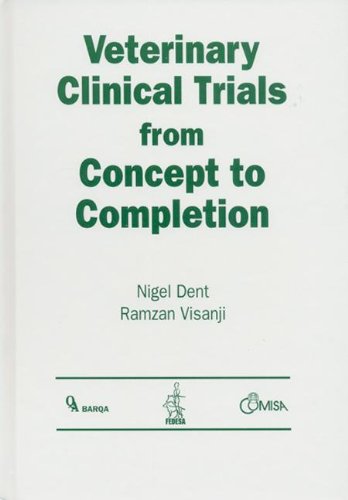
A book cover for Veterinary Clinical Trials From Concept to Completion; Nigel Dent; Medical Books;